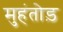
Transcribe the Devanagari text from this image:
मुहंतोड़